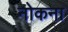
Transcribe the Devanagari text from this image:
नोकना